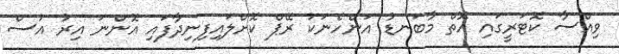
ވިއްސާ ކޮޓަރީގައި އޮތް މާބަނޑު އަންހެނަކު ރޭޕް ކޮށްލައިފިނިދާފައި އޮންނަ އިރު އުސް